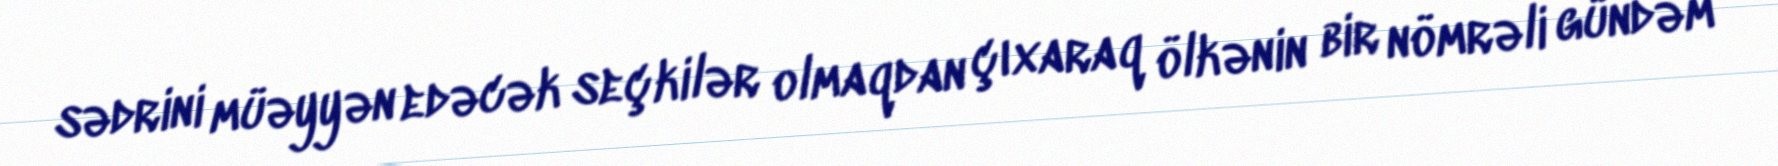
sədrini müəyyən edəcək seçkilər olmaqdan çıxaraq ölkənin bir nömrəli gündəm